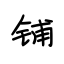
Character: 铺